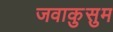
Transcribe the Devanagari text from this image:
जवाकुसुम